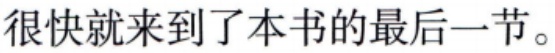
很快就来到了本书的最后一节。